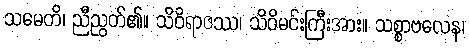
သမေတိ၊ ညီညွတ်၏။ သိဝိရာဇဿ၊ သိဝိမင်းကြီးအား။ သစ္စာဗလေန၊